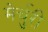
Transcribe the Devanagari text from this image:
मेर्चुरी